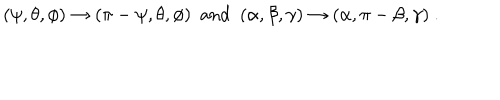
( \psi , \theta , \phi ) \to ( \pi - \psi , \theta , \phi ) \ \ \mathrm { a n d } \ \ ( \alpha , \beta , \gamma ) \to ( \alpha , \pi - \beta , \gamma ) \ .